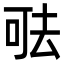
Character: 𠳊